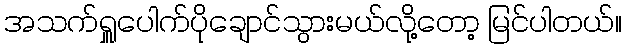
အသက်ရှူပေါက်ပိုချောင်သွားမယ်လို့တော့ မြင်ပါတယ်။